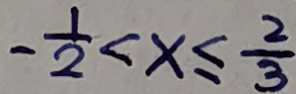
- \frac { 1 } { 2 } < x \leq \frac { 2 } { 3 }